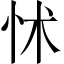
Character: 怵